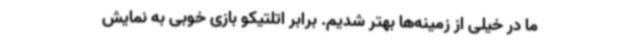
ما در خیلی از زمینه‌ها بهتر شدیم. برابر اتلتیکو بازی خوبی به نمایش